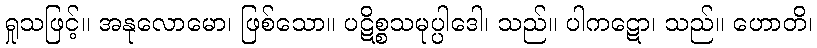
ရှုသဖြင့်။ အနုလောမော၊ ဖြစ်သော။ ပဋိစ္စသမုပ္ပါဒေါ၊ သည်။ ပါကဋော၊ သည်။ ဟောတိ၊